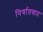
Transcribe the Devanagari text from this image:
निर्यातवाद